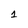
Character: 1